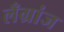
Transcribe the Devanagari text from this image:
लँग्रांज